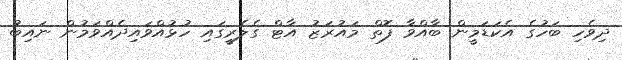
ދިވެހި ބަހުގެ އެކަޑަމީން ބާއްވާ ފޮތް މައުރަޒު އާޓް ގެލެރީގައި ހުޅުއްވައިދެއްވަމުން ނައިބު